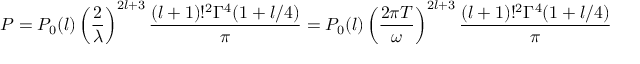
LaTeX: P = P _ { 0 } ( l ) \left( \frac { 2 } { \lambda } \right) ^ { 2 l + 3 } \frac { ( l + 1 ) ! ^ { 2 } \Gamma ^ { 4 } ( 1 + l / 4 ) } { \pi } = P _ { 0 } ( l ) \left( \frac { 2 \pi T } { \omega } \right) ^ { 2 l + 3 } \frac { ( l + 1 ) ! ^ { 2 } \Gamma ^ { 4 } ( 1 + l / 4 ) } { \pi } \, ,